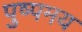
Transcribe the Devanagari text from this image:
पुष्पमय